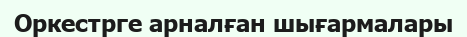
Оркестрге арналған шығармалары